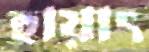
হায়াৎ